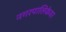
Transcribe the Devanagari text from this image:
नगरपालिकेवर